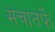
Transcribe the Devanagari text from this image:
मंचातर्फे